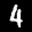
Label: 4